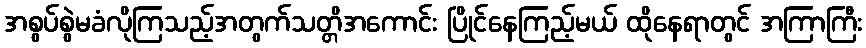
အစွပ်စွဲမခံလိုကြသည့်အတွက်သတ္တိအကောင်း ပြိုင်နေကြည့်မယ် ထိုနေရာတွင် အကြာကြီး